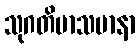
သုဂတိမာသမာနာ